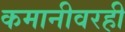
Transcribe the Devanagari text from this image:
कमानीवरही